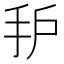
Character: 𰓈